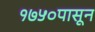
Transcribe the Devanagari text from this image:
१७५०पासून